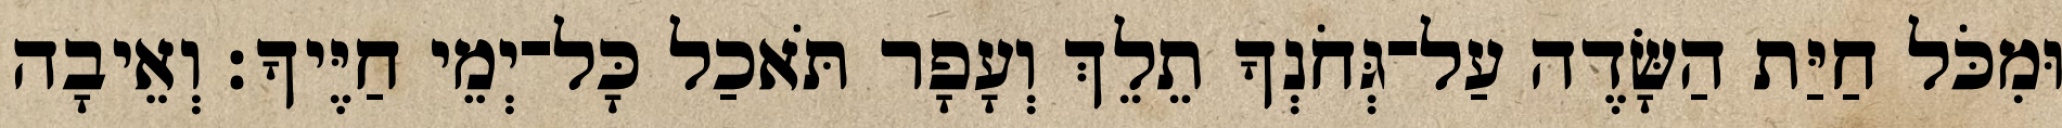
וּמִכֹּל חַיַּת הַשָּׂדֶה עַל־גְּחֹנְךָ תֵלֵךְ וְעָפָר תֹּאכַל כָּל־יְמֵי חַיֶּיךָ׃ וְאֵיבָה